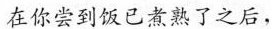
在你尝到饭已煮熟了之后，